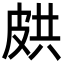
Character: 𭽥